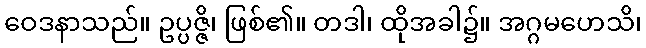
ဝေဒနာသည်။ ဥပ္ပဇ္ဇိ၊ ဖြစ်၏။ တဒါ၊ ထိုအခါ၌။ အဂ္ဂမဟေသိ၊